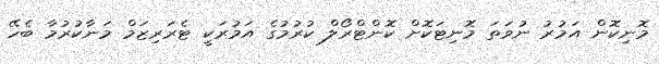
މޮނިކޮން އަމުރު ނުވަތަ މޮނިޓަކޮށް ކޮންޓްރޯލް ކުރުމުގެ އަމުރަކީ ޓެރަރިޒަމް މަނާކުރުމާ ބެހޭ